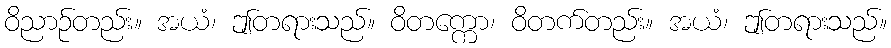
ဝိညာဉ်တည်း။ အယံ၊ ဤတရားသည်။ ဝိတက္ကော၊ ဝိတက်တည်း။ အယံ၊ ဤတရားသည်။